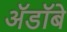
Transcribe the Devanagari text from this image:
ॲडॉबे